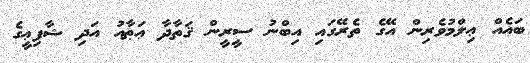
ބައެއް ޢިލްމުވެރިން އޭގެ ތެރޭގައި އިބްނު ސީރީން ޤަތާދާ ޢަޠާއު އަދި ޝާފިޢީގެ